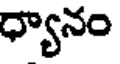
ధ్యానం